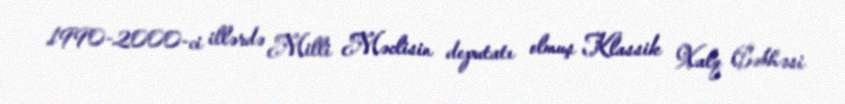
1990-2000-ci illərdə Milli Məclisin deputatı olmuş Klassik Xalq Cəbhəsi